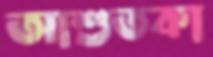
আশুতকা